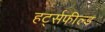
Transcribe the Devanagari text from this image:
हर्ट्सफील्ड